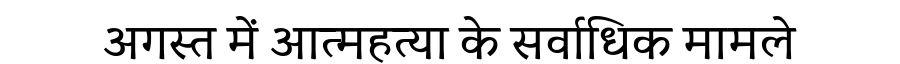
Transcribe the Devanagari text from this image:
अगस्त में आत्महत्या के सर्वाधिक मामले